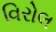
વિરોલ